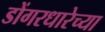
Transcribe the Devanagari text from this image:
डोंगरधारेच्या